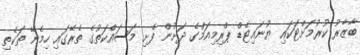
ބާޒާރު ކުރުމަށްޓަކައި ޔުނައިޓެޑް ޕްރިމިއަމްގެ ދަށުން ފެށި މަސައްކަތުގެ ތެރޭގައި ހިމެނޭ ތަކެތި